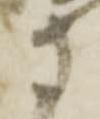
守